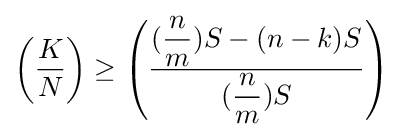
\left({\dfrac {K}{N}}\right)\geq \left({\dfrac {({\dfrac {n}{m}})S-(n-k)S}{({\dfrac {n}{m}})S}}\right)